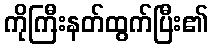
ကိုကြီးနတ်ထွက်ပြီး၏